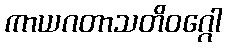
ကာယဂတာသတိဝဂ္ဂေါ